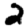
Digit: 2